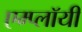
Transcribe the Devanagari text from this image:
एम्प्लॉयी